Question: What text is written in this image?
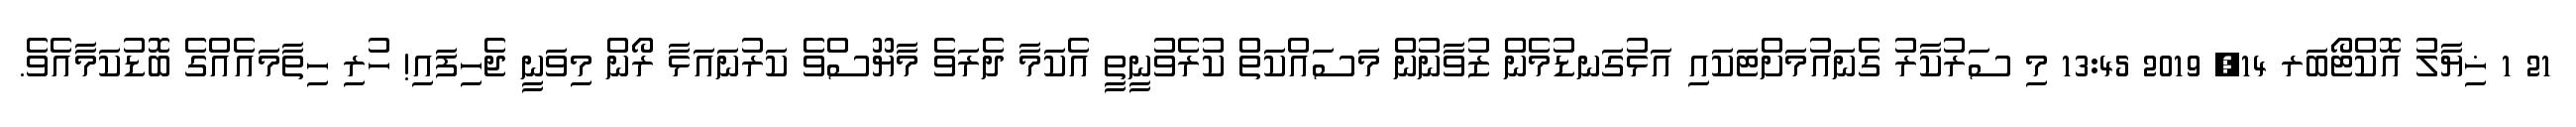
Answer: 21 1 ޚިޔާލު އޮކްޓޯބަރ 14, 2019 13:45 މި ސަރުކާރު ގެނައުމަށްޓަކައި އަޅުގަނޑުމެން ޒުވާނުން މަސައްކަތް ކުރެވުނީތީ އެކަމާ ދެރަވެ މާޔޫސްވެ ކަރުނައަޅާ ރޯން މިވަނީ ޖެހިފައި! ހުރި ހިތާމައެއްގެ ބޮޑުކަމާއެވެ.